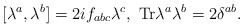
\begin{align*}[\lambda^a,\lambda^b] = 2 i f_{abc} \lambda^c, \ \mbox{Tr} \lambda^a \lambda^b = 2 \delta^{ab}.\end{align*}